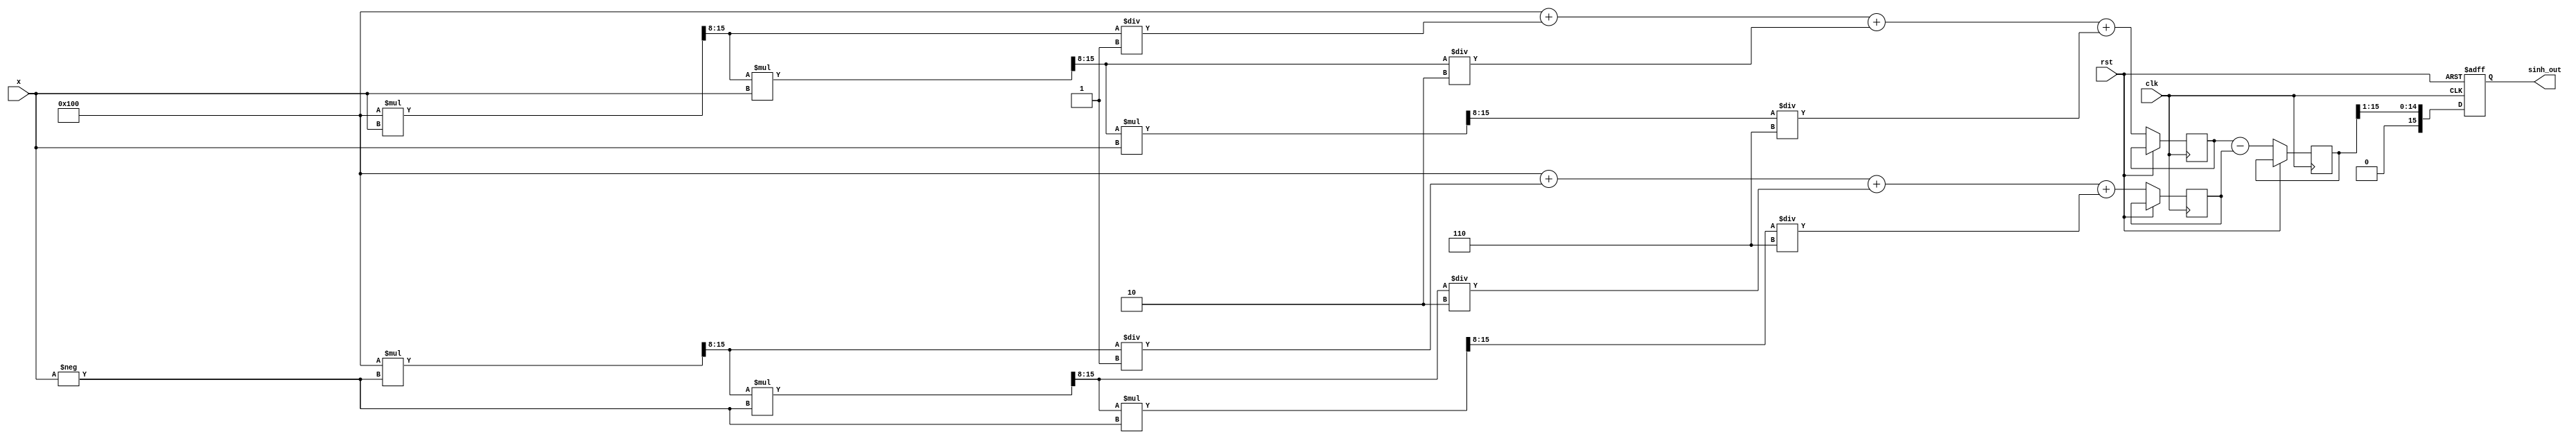
module sinh_arithmetic_block (
    input wire clk,
    input wire rst,
    input wire [DATA_WIDTH-1:0] x, // Input value
    output reg [DATA_WIDTH-1:0] sinh_out // Output value
);
    parameter DATA_WIDTH = 16; // Bit width of the input/output
    parameter FRACTIONAL_WIDTH = 8; // Fractional bits for fixed-point representation
    
    // Internal signals
    reg [DATA_WIDTH-1:0] exp_x; // e^x
    reg [DATA_WIDTH-1:0] exp_neg_x; // e^(-x)
    reg [DATA_WIDTH-1:0] subtraction_result; // e^x - e^(-x)
    
    // Simple Taylor series expansion for e^x and e^(-x)
    // e^x = 1 + x/1! + x^2/2! + x^3/3! + ...
    // e^(-x) = 1 - x/1! + x^2/2! - x^3/3! + ...
    // For simplicity, we will limit the series to 4 terms

    function [DATA_WIDTH-1:0] exp_taylor;
        input [DATA_WIDTH-1:0] input_x;
        reg [DATA_WIDTH-1:0] term;
        integer i;
        begin
            term = 1 << FRACTIONAL_WIDTH; // 1.0 in fixed-point
            exp_taylor = term; // Initialize with the first term
            for (i = 1; i < 4; i = i + 1) begin
                term = (term * input_x) >> FRACTIONAL_WIDTH; // term = term * x / i!
                exp_taylor = exp_taylor + term / factorial(i); // Add the current term
            end
        end
    endfunction

    function [DATA_WIDTH-1:0] factorial;
        input integer n;
        integer i;
        begin
            factorial = 1;
            for (i = 1; i <= n; i = i + 1) begin
                factorial = factorial * i;
            end
        end
    endfunction

    always @(posedge clk or posedge rst) begin
        if (rst) begin
            sinh_out <= 0;
        end else begin
            // Calculate e^x and e^(-x)
            exp_x <= exp_taylor(x);
            exp_neg_x <= exp_taylor(-x);
            
            // Subtract e^(-x) from e^x
            subtraction_result <= exp_x - exp_neg_x;
            
            // Divide by 2 to get sinh(x)
            sinh_out <= subtraction_result >> 1; // right shift to divide by 2
        end
    end
endmodule